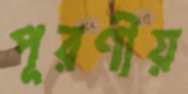
পূরণীয়